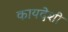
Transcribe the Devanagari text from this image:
कायदेशी